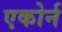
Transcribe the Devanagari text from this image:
एकोर्न